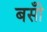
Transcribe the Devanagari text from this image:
बसोँ